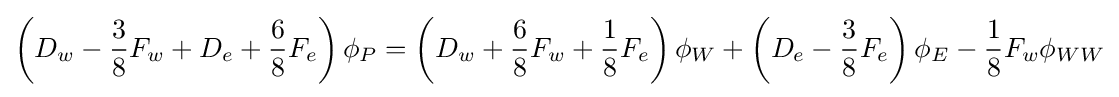
\left(D_{w}-{\frac {3}{8}}F_{w}+D_{e}+{\frac {6}{8}}F_{e}\right)\phi _{P}=\left(D_{w}+{\frac {6}{8}}F_{w}+{\frac {1}{8}}F_{e}\right)\phi _{W}+\left(D_{e}-{\frac {3}{8}}F_{e}\right)\phi _{E}-{\frac {1}{8}}F_{w}\phi _{WW}